Vital statistics of India. Vol. V, Reports of 1876 on armies & jails and on epidemic cholera
Year: 1876
Disease focus: Cholera
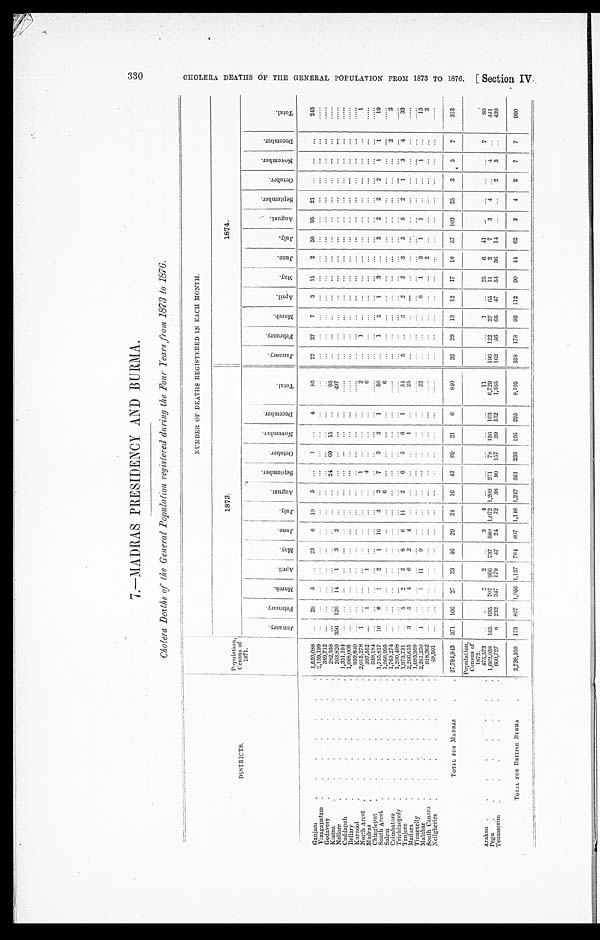
330 CHOLERA DEATHS OF THE GENERAL POPULATION FROM 1873 TO 1876.
[Section IV.
7.—MADRAS PRESIDENCY AND BURMA.
C h o l e r a D e a t h s o f t h e G e n e r a l P o p u l a t i o n r e g i s t e r e d d u r i n g t h e F o u r Y e a r s f r o m 1 8 7 3 t o 1 8 7 6 .
DISTRICTS.
Population, Census of
1871.
NUMBER OF DEATHS REGISTERED IN EACH MONTH.
1873.
1874.
J a n u a r y . F e b r u a r y .
M a r c h .
A p r i l .
M a y .
June.
J u l y .
A u g u s t .
S e p t e m b e r .
O c t o b e r .
N o v e m b e r . D e c e m b e r .
T o t a l .
J a n u a r y .
F e b r u a r y .
M a r c h . A p r i l . M a y .
J u n e .
J u l y .
A u g u s t .
S e p t e m b e r . O c t o b e r .
N o v e m b e r . D e c e m b e r .
T o t a l .
Ganjam
1,520,088
29 5
23 6 10 5
1
4
83 27 27 7 3 11 2 50 95 21
243
Vizagapatam
2,159,199
Godavery
3 8 9 , 7 1 2
Kistna
282, 358
24 60 11
9 5
Nel l ore
263,820 356 120 14 1 3 3
4 9 7
Cuddapah
1 , 3 5 1 , 1 9 4
Bellary
1 , 6 6 8 , 0 0 6
Kurnool
9 5 9 , 6 4 0
North Arcot
2,015,278 1
1
2
1
1
Madras
397, 552
1
1
4
6
Chingleput
9 3 8 , 1 8 4
South Arcot
1,755,817 10 6 1 2 1 10 3 3 7 3 3 1
50
1 3 1 3
3 2 2 2 1 1
19
Salem
1 , 9 6 6 , 9 9 5
6
6
Coimbatore
1,763,274
2
2
Trichinopoly
1 , 2 0 0 , 4 0 8
Tanjore
1,973,731
5 2 2 8 6 1 1 2 6 5 6 1
54
5
3 2 2 3 3 5
2 1 3 4
33
M a d u r a 2,266,615 3 5 4 6 2 4
1
25
Tinnevelly
1 , 6 9 3 , 9 5 9
Malabar
2, 261, 250 1
1 1 1 9
22
6 1 3 1
1
1
1 3
South Canara
9 1 8 , 3 6 2
2
2
Neilgheries
4 9 , 5 0 1
TOTAL FOR MADRAS 27,794,943 371 166 27 23 46 29 24 16 42 69 21 6
8 4 0
32 29 13 12 17 10 57 103 25 3 5 7
313
Popul ati on,
Census of
1872.
Arakan
475,573
2 2
3 4
11
1
25 6 41
7
8 0
P e g u
1,662,058 165 635 707 956 737 580 1, 072 1, 209 271 78 156 163 6,729 196 122 27 65 11 2 7 3 4
4
441
Tenasserim
600,727 8 232 347 179 47 24 72 38 90 157 39 132 1 , 3 6 5
162 56 65 47 54 36 14
2 3
439
TOTAL FOR BRITISH BURMA 2,738,358 173 867
1 , 0 5 6
1, 137 784 6071, 148 1, 247 361 235 195 295 8, 105 358 178 93 112 90 44 62 3 4 2 7 7 960